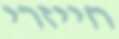
חייזרי